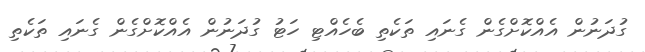
ގުދަނުން އެއްކޮށްގެން ގެނައި ތަކެތި ބެހެއްޓި ހަޓު ގުދަނުން އެއްކޮށްގެން ގެނައި ތަކެތި